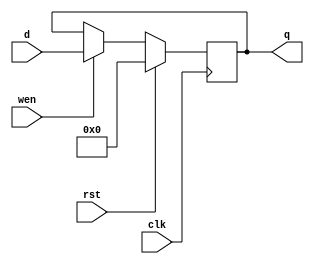
// Omar Amer
// 32-bit Register
module regGen #(parameter width = 32) (
    input [width-1:0] d,
    input rst,
    input clk,
    input wen,
    output [width-1:0] q

);

reg [width-1:0] qAux;

always @(posedge clk) begin

    if(rst) begin
        qAux = {width{1'b0}};
    end
    else begin
        if(wen) begin
            qAux = d;
        end 
        else
            qAux = qAux;
    end

end
assign q = qAux;  
endmodule